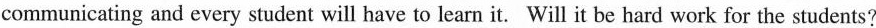
communicating and every student will have to learn it. Will it be hard work for the students?